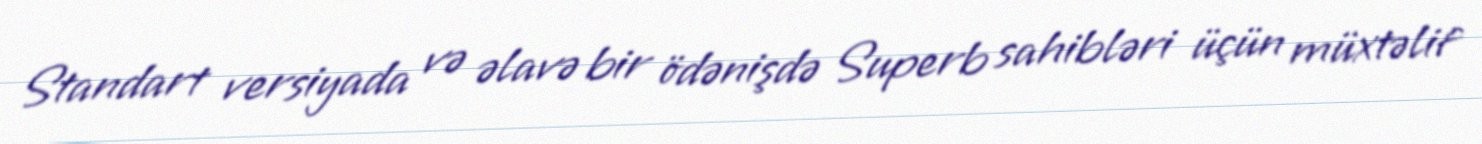
Standart versiyada və əlavə bir ödənişdə Superb sahibləri üçün müxtəlif